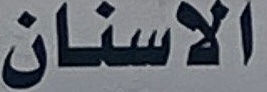
الاسنان